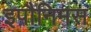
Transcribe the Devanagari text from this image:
इपौनिमस